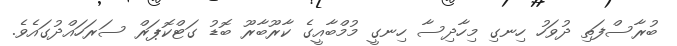
ބުރާސްފަތި ދުވަހު ހިނގި މިހާދިސާ ހިނގީ މުމްބާއީގެ ކާރޫބާރޫ ބޮޑު ގަޓްކޮޕަރް ސަރަހައްދުގައެވެ.